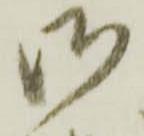
御